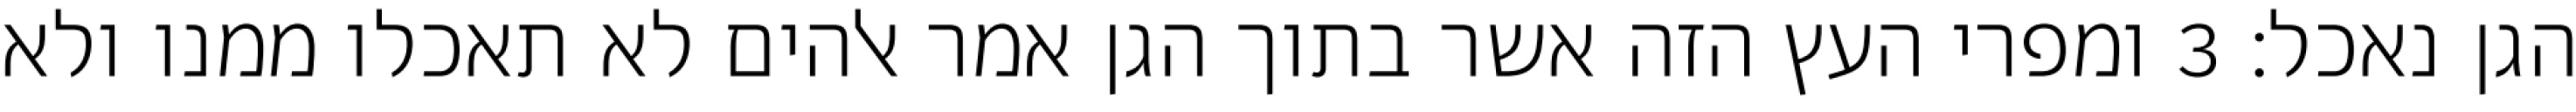
הגן נאכל׃ ‎3‏ ומפרי העץ הזה אשר בתוך הגן אמר אלהים לא תאכלו ממנו ולא